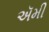
ઍમી